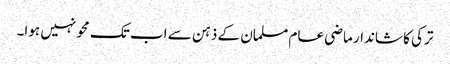
ترکی کا شاندار ماضی عام مسلمان کے ذہن سے اب تک محو نہیں ہوا۔